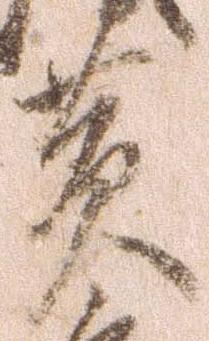
黄